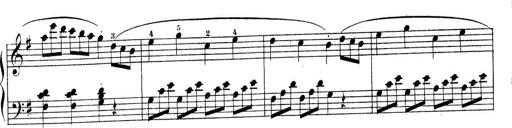
Title: Piano Sonatine No.2
Composer: Peter Piel
Key: G major